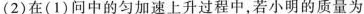
(2)在(1)问中的匀加速上升过程中，若小明的质量为